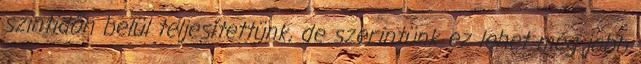
szintidőn belül teljesítettünk, de szerintünk ez lehet még jobb